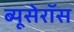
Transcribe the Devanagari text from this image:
ब्यूसेरॉस